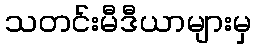
သတင်းမီဒီယာများမှ